Trukikaitis_Postimees, lk 81
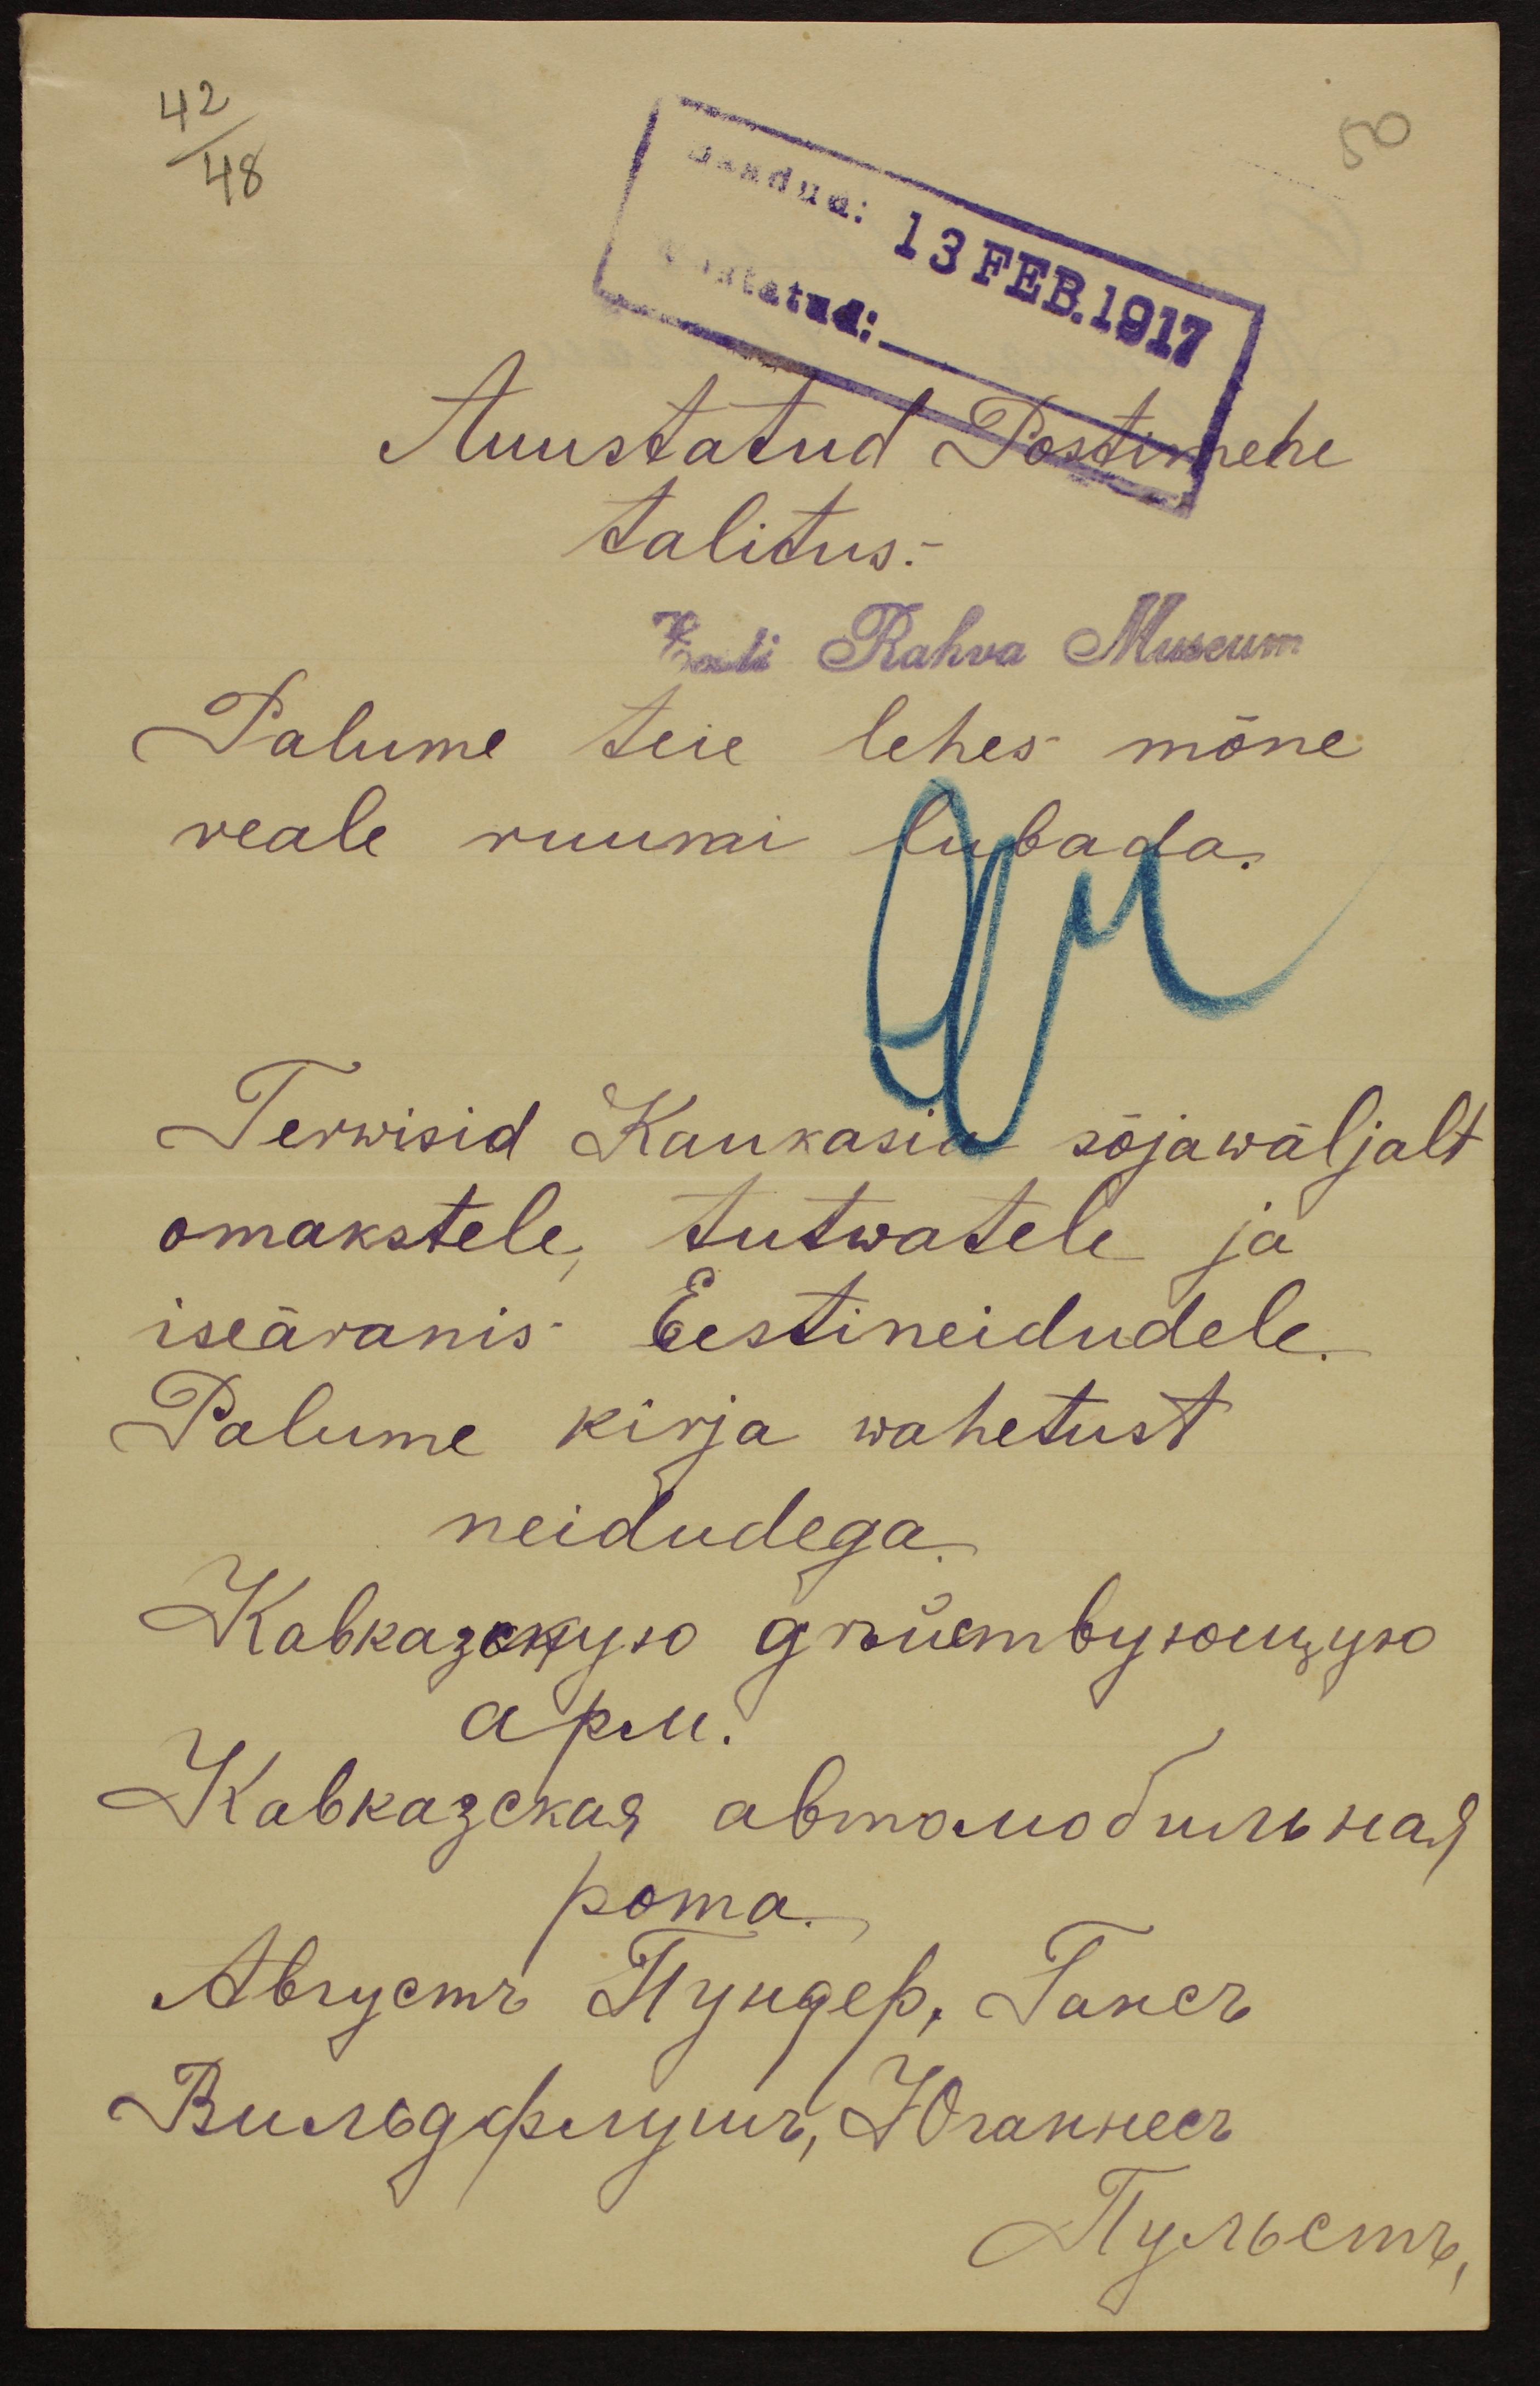
saadud: 13 FEB.1917
vastatud:
Auustatud Postimehe
talitus.
Eesti Rahva Museum
Palume teie lehes mõne
reale ruumi lubada.
Tervisid Kaukasi sõjawäljalt
omakestele tutwatele ja
iseäranis Eestineidudele.
Palume kirja wahetust
neidudega.